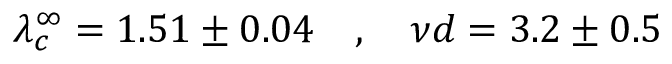
\lambda _ { c } ^ { \infty } = 1 . 5 1 \pm 0 . 0 4 \ \ \ , \ \ \ { { \nu } d } = 3 . 2 \pm 0 . 5